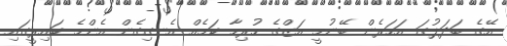
އޭގެ ބަދަލުގަ އަހަރެން ބޭނުމީ އަޒްގެ ހުރިހާ ކަމެއް އެނގިގެން އެންމެ ކައިރީގައި